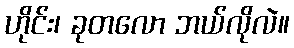
ဟိုင်း၊ ခုတလော ဘယ်လိုလဲ။